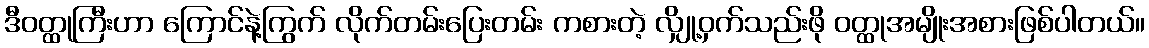
ဒီဝတ္ထုကြီးဟာ ကြောင်နဲ့ကြွက် လိုက်တမ်းပြေးတမ်း ကစားတဲ့ လျှို့ဝှက်သည်းဖို ဝတ္ထုအမျိုးအစားဖြစ်ပါတယ်။